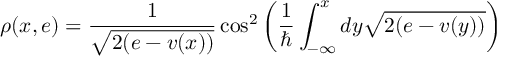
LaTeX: \rho ( x , e ) = \frac { 1 } { \sqrt { 2 ( e - v ( x ) ) } } \cos ^ { 2 } \left( \frac { 1 } { \hbar } \int _ { - \infty } ^ { x } d y \sqrt { 2 ( e - v ( y ) ) } \right)